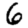
Digit: 6